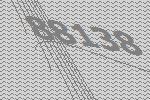
88138